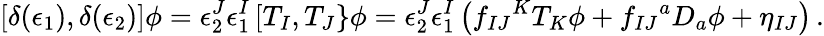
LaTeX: \left[\delta(\epsilon_{1}),\delta(\epsilon_{2})\right]\phi=\epsilon_{2}^{J}\epsilon_{1}^{I}\left[T_{I},T_{J}\right\} \phi=\epsilon_{2}^{J}\epsilon_{1}^{I}\left(f_{IJ}{}^{K}T_{K}\phi+f_{IJ}{}^{a}D_{a}\phi+\eta_{IJ}\right)\, .